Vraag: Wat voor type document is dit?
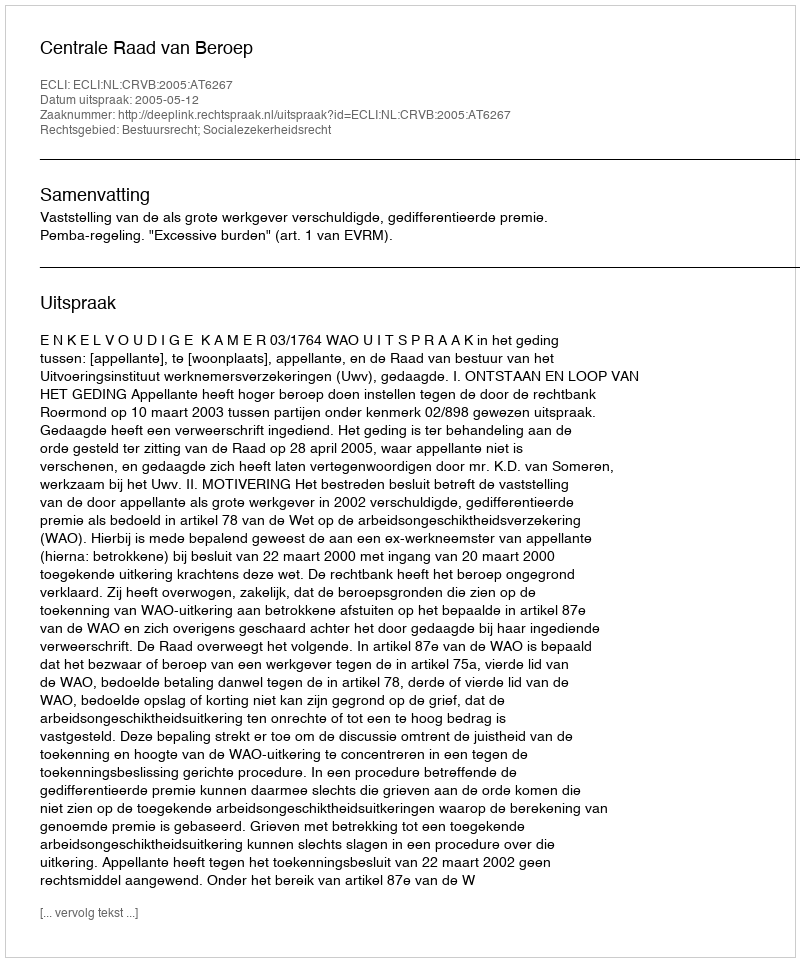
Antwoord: Uitspraak